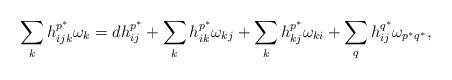
LaTeX: \begin{align*}\sum_{k}h^{p^{\ast}}_{ijk}\omega_k=dh^{p^{\ast}}_{ij}+\sum_kh^{p^{\ast}}_{ik}\omega_{kj}+\sum_k h^{p^{\ast}}_{kj}\omega_{ki}+\sum_{q}h^{q^{\ast}}_{ij}\omega_{p^{\ast}q^{\ast}},\end{align*}